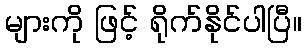
များကို ဖြင့် ရိုက်နိုင်ပါပြီ။